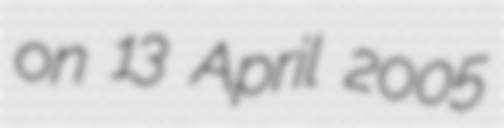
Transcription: on 13 April 2005